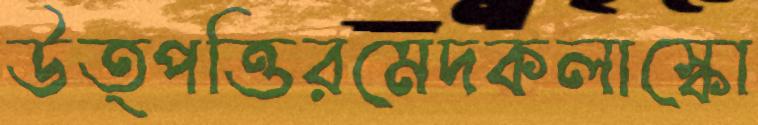
উত্পত্তিরমেদকলাস্কো